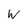
Character: w